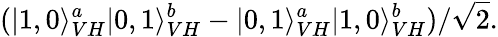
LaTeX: (|1,0\rangle_{VH}^{a}|0,1\rangle_{VH}^{b}-|0,1\rangle_{VH}^{a}|1,0\rangle_{VH}^{b})/{\sqrt{2}}.